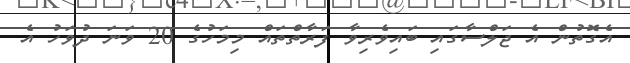
އެގޮތުން އެ ޖަލްސާގައި ބައިވެރިވާ ފަރާތްތައް މިމަހުގެ 20 ވަނަ ދުވަހު އެ